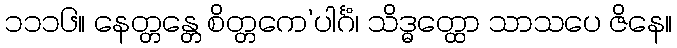
၁၁၁၆။ နေတ္တန္တေ စိတ္တကေ’ပါင်္ဂံ၊ သိဒ္ဓတ္ထော သာသပေ ဇိနေ။